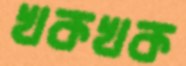
খকখক